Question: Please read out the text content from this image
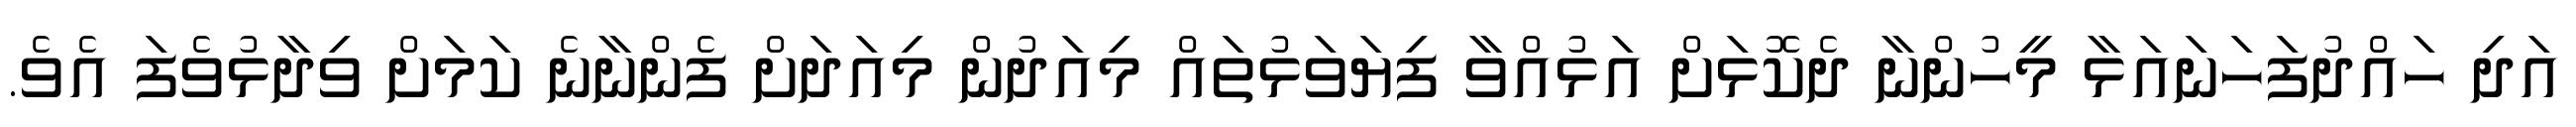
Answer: އަދި ހައްދުފަހަނައަޅާ މީހުންނާ ދެކޮޅަށް އަޅުއްވާ ފިޔަވަޅުތައް މިއަދުން މިއަދަށް ފެންނާނެ ކަމަށް ވިދާޅުވެފަ އެވެ.